Leaving Certificate Examination (including Day School Certificate (Higher) General paper), 1936
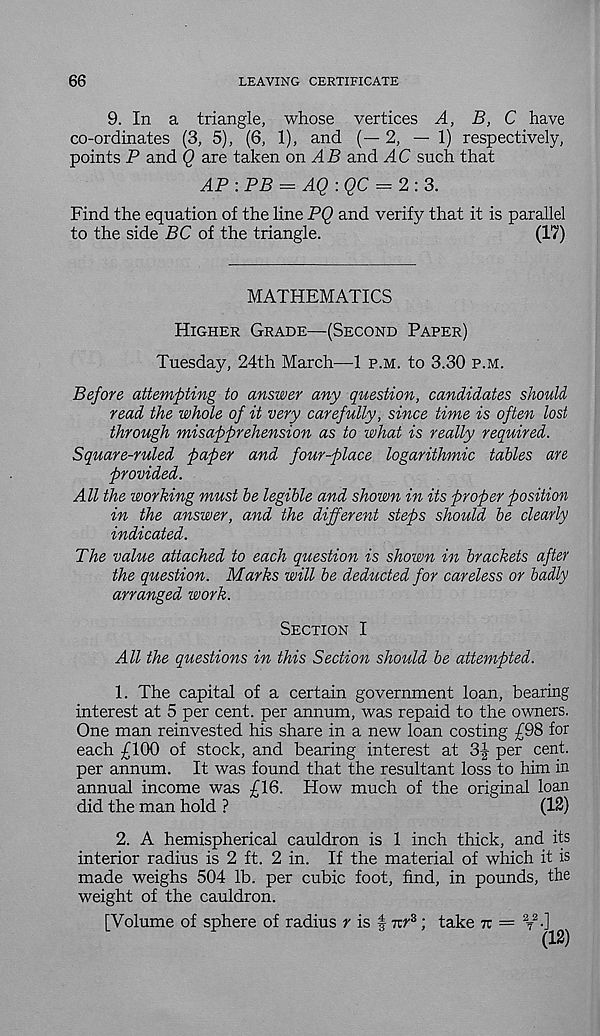
66
LEAVING CERTIFICATE
9. In a triangle, whose vertices A, B, C have
co-ordinates (3, 5), (6, 1), and (— 2, — 1) respectively,
points P and Q are taken on AB and AC such that
AP : PB = AQ :QC = 2:3.
Find the equation of the line PQ and verify that it is parallel
to the side BC of the triangle.
(17)
MATHEMATICS
Higher Grade—(Second Paper)
Tuesday, 24th March—1 p.m. to 3.30 p.m.
Before attempting to answer any question, candidates should
read the whole of it very carefully, since time is often lost
through misapprehension as to what is really required.
Square-ruled paper and four-place logarithmic tables are
provided.
All the working must be legible and shown in its proper position
in the answer, and the different steps should be clearly
indicated.
The value attached to each question is shown in brackets after
the question. Marks will be deducted for careless or badly
arranged work.
Section I
All the questions in this Section should be attempted.
1. The capital of a certain government loan, bearing
interest at 5 per cent, per annum, was repaid to the owners.
One man reinvested his share in a new loan costing £98 for
each £100 of stock, and bearing interest at 3£ per cent,
per annum. It was found that the resultant loss to him in
annual income was £16. How much of the original loan
did the man hold ?
(12)
2. A hemispherical cauldron is 1 inch thick, and its
interior radius is 2 ft. 2 in. If the material of which it is
made weighs 504 lb. per cubic foot, find, in pounds, the
weight of the cauldron.
[Volume of sphere of radius r is f ttt 3 ; take iz = 2
T
Z